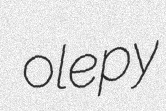
olepy